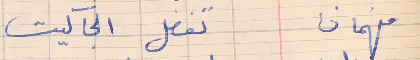
فهمان      تفضل الجاكيت